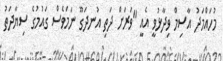
މުހައްމަދު އާސިމް ވިދާޅުވީ އެއީ "ވަރަށް ދަތި އުނދަގޫ ނަމަވެސް ގައުމުގެ ސިޔާދަތު